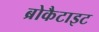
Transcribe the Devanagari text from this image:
ब्रोकैटाइट